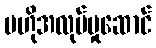
ဗဟိုအလုပ်မှုဆောင်